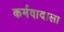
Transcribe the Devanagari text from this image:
कर्मवादाला